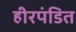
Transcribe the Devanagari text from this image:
हीरपंडित